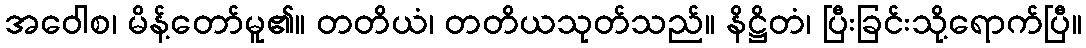
အဝေါစ၊ မိန့်တော်မူ၏။ တတိယံ၊ တတိယသုတ်သည်။ နိဋ္ဌိတံ၊ ပြီးခြင်းသို့ရောက်ပြီ။